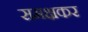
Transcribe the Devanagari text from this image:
समक्षकर